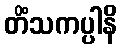
တိံသကပ္ပါနိ